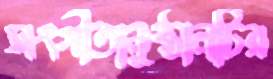
সংগীতানুষ্ঠানটির